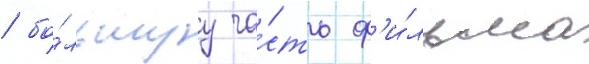
/ бо́льшуу ча́сть ф'и́льма